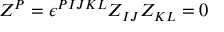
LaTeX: Z ^ { P } = \epsilon ^ { P I J K L } Z _ { I J } Z _ { K L } = 0